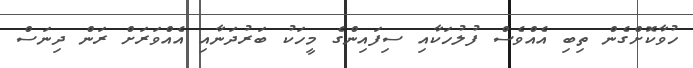
ހުވާކޮށްގެން ތިބި އެއްވެސް ފުލުހަކާއި ސިފައިންގެ މީހަކު ބަރުދަނާއި އެއްވަރަށް ރަން ދިނަސް